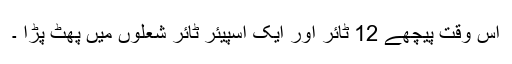
اس وقت پیچھے 12 ٹائر اور ایک اسپیئر ٹائر شعلوں میں پھٹ پڑا ۔